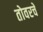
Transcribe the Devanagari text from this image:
तोवरचे